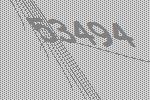
53494